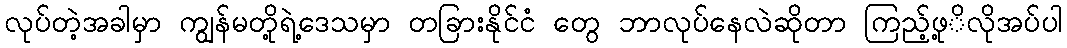
လုပ်တဲ့အခါမှာ ကျွန်မတို့ရဲ့ဒေသမှာ တခြားနိုင်ငံ တွေ ဘာလုပ်နေလဲဆိုတာ ကြည့်ဖု့ိလိုအပ်ပါ